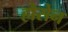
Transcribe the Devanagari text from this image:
हौसेन